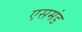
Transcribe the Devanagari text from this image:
एसमंड